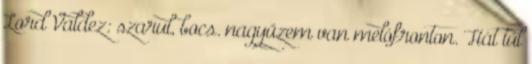
Lord Valdez: szarul, bocs. nagyüzem van melófronton. Hát túl